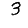
Digit: 3